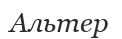
Альтер